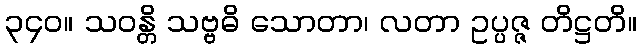
၃၄၀။ သဝန္တိ သဗ္ဗဓိ သောတာ၊ လတာ ဥပ္ပဇ္ဇ တိဋ္ဌတိ။